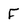
Character: f